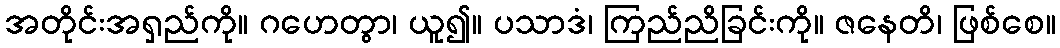
အတိုင်းအရှည်ကို။ ဂဟေတွာ၊ ယူ၍။ ပသာဒံ၊ ကြည်ညိခြင်းကို။ ဇနေတိ၊ ဖြစ်စေ။